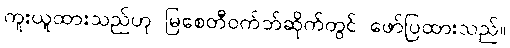
ကူးယူထားသည်ဟု မြစေတီဝက်ဘ်ဆိုက်တွင် ဖော်ပြထားသည်။